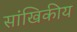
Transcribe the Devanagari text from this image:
सांखिकीय